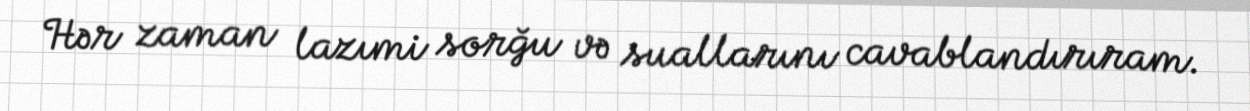
Hər zaman lazımi sorğu və suallarını cavablandırıram.